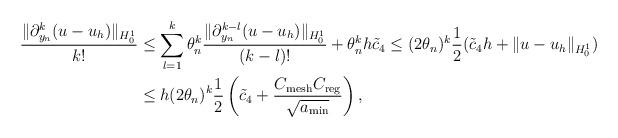
LaTeX: \begin{align*}\frac{\|\partial_{y_n}^k (u-u_h)\|_{H^1_0}}{k!}&\leq \sum_{l=1}^k \theta_n^k \frac{\|\partial_{y_n}^{k-l}(u-u_h)\|_{H_0^1}}{(k-l)!}+\theta_n^k h \tilde c_4\leq (2\theta_n)^k \frac{1}{2}(\tilde c_4 h + \|u-u_h\|_{H_0^1})\\&\leq h (2\theta_n)^k \frac{1}{2}\left(\tilde c_4 + \frac{C_{\mathrm{mesh}}C_{\mathrm{reg}}}{\sqrt{a_{\min}}}\right),\end{align*}